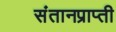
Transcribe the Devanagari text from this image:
संतानप्राप्ती